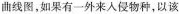
曲线图，如果有一外来人侵物种，以该